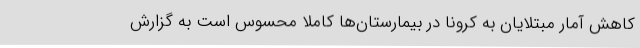
کاهش آمار مبتلایان به کرونا در بیمارستان‌ها کاملا محسوس است به گزارش